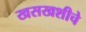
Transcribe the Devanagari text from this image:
खसखशीचे